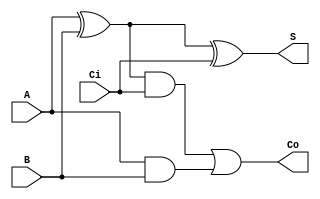




module fulladder(A, B, Ci, S, Co);
  input A, B, Ci;
  output S, Co;
  wire w1,w2,w3;
 
  xor G1(w1, A, B);
  xor G2(S, w1, Ci);
  and G3(w2, w1, Ci);
  and G4(w3, A, B);
  or G5(Co, w2, w3);
endmodule

module fulladder4(A, B, S, Co);
 input [3:0] A, B;// Two 4-bit inputs
 output [3:0] S;
 output Co;
 wire w1, w2, w3;
 // instantiating 4 1-bit full adders in Verilog
 fulladder u1(A[0], B[0], 1'b0, S[0], w1);
 fulladder u2(A[1], B[1], w1, S[1], w2);
 fulladder u3(A[2], B[2], w2, S[2], w3);
 fulladder u4(A[3], B[3], w3, S[3], Co);
 
endmodule


/*module  fulladder4(A0,A1,A2,A3,B0,B1,B2,B3,S0,S1,S2,S3,Cout);
input A0,A1,A2,A3;
input B0,B1,B2,B3;
wire   C0,C1,C2 ;
output S1,S2,S3,S0;
output Cout;
assign S0= ((A0) ^ (B0) ^ (0) );  
assign C0 = ((A0&B0) ^  ((B0)&(0)) ^ ((0)&(A0))) ; 
assign S1 = ((A1) ^ (B1)^ (C0));  
assign C1 = (((A1)&(B1)) ^  ((B1)&(C0)) ^ ((C0)&(A1))) ; 
assign S2 = ((A2) ^( B2 )^ (C1)) ;  
assign C2 = (((A2)&(B2)) ^  ((B2)&(C1)) ^ ((C1)&(A2))) ; 
assign S3 = (A3) ^ (B3) ^ (C2);  
assign Cout = (((A3)&(B3)) ^  ((B3)&(C2)) ^ ((C2)&(A3))) ; 

endmodule*/